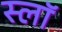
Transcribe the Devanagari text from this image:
स्लॉ